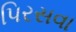
પિરસવા